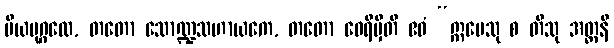
ပိယပုဂ္ဂလေ, တတော သောဏ္ဍသဟာယကေ, တတော ဝေရိမှီတိ ဧဝံ “ဣမေသု စ တီသု အတ္တနိ